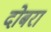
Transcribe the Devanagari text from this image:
दोबरा